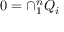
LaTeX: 0 = \cap _ { 1 } ^ { n } Q _ { i }